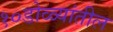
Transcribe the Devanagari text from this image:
१०डोळ्यांतील